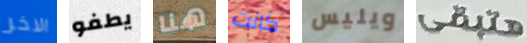
الاخر يطفو هنا كانت ويليس هتبقى